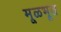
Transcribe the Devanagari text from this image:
मूळभूत